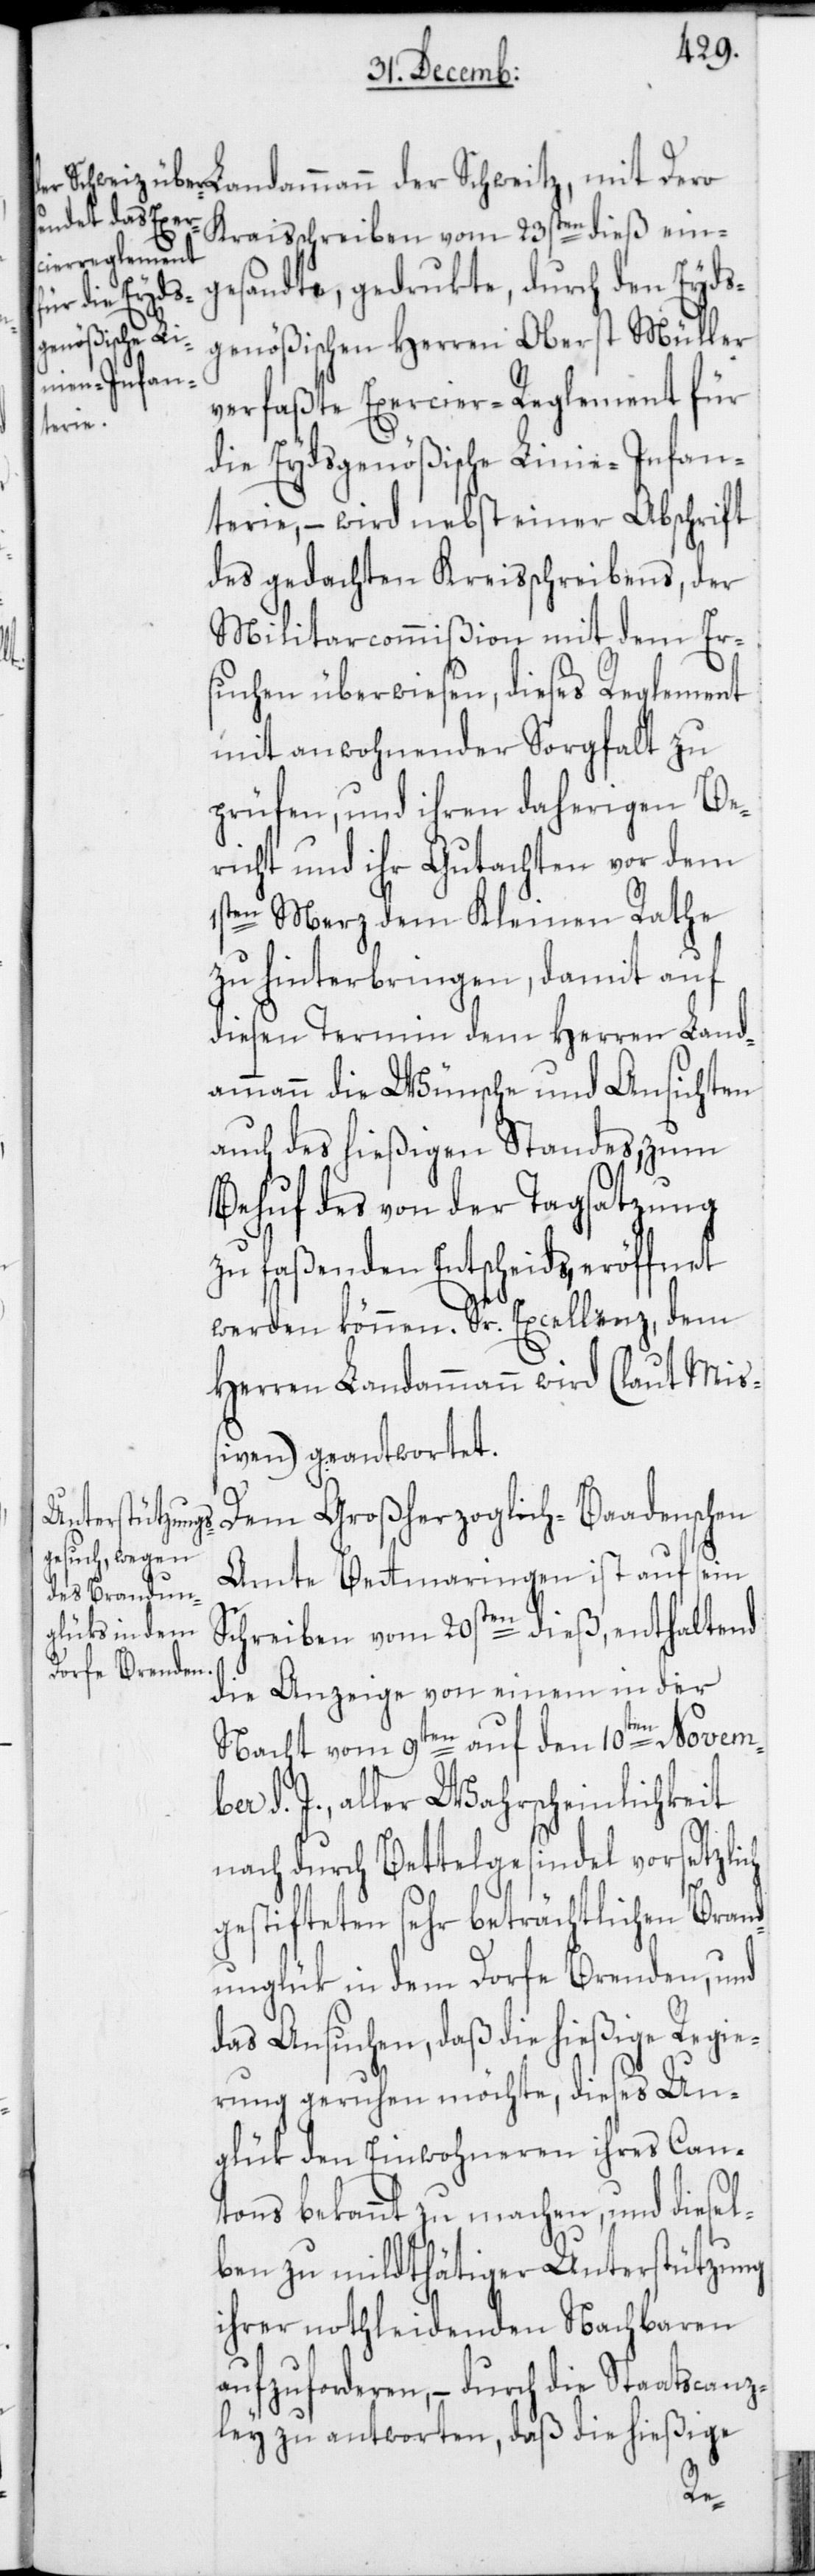
Kraisschreiben vom 23sten dieß ein¬
gesandte, gedrukte, durch den Eyds¬
genößischen Herren Oberst Müller
Landammann
verfaßte Exercier-Reglement für
die Eydsgenößische Linien-Infan¬
terie, – wird nebst einer Abschrift
des gedachten Kreisschreibens, der
Militarcommißion mit dem Er¬
suchen überwiesen, dieses Reglement
mit anwohnender Sorgfalt zu
prüfen, und ihren daherigen Be¬
richt und ihr Gutachten vor dem
1sten Merz dem Kleinen Rathe
zu hinterbringen, damit auf
diesen Termin dem Herren Land¬
ammann die Wünsche und Ansichten
auch des hießigen Standes, zum
Behuf des von der Tagsatzung
zu faßenden Entscheids, eröffnet
werden können. Sr. Excellenz, dem
Herren Landammann wird (laut Miß¬
iven) geantwortet.
Dem Großherzoglich-Baadenschen
Amte Bettmaringen ist auf sein
Schreiben vom 20sten dieß, enthaltend
die Anzeige von einem in der
Nacht vom 9ten auf den 10ten Novemb¬
er d. J., aller Wahrscheinlichkeit
nach durch Bettelgesindel vorsetzlich
gestifteten sehr beträchtlichen Brand¬
unglük in dem Dorfe Brenden, und
das Ansuchen, daß die hießige Regie¬
rung geruhen möchte, dieses Un¬
glük den Einwohneren ihres Can¬
tons bekannt zu machen, und diesel¬
ben zu mildthätiger Unterstützung
ihrer nothleidenden Nachbaren
aufzuforderen, – durch die Staatscanz¬
ley zu antworten, daß die hießige
dero